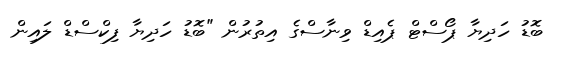
ބޮޑު ހަދިޔާ ޕޯސްޓް ޕެއިޑް ވިނާސްގެ އިތުރުން "ބޮޑު ހަދިޔާ ފިކްސްޑް ލައިން